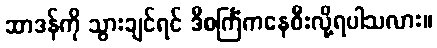
ဆာဒန်ကို သွားချင်ရင် ဒီစင်္ကြံကနေစီးလို့ရပါသလား။